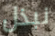
نبذل